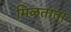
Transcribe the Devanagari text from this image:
मिळताता